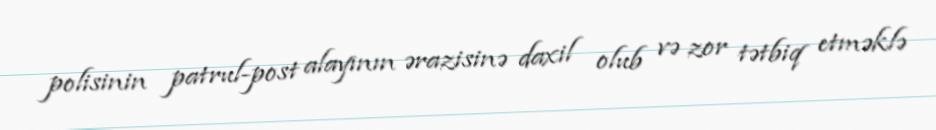
polisinin patrul-post alayının ərazisinə daxil olub və zor tətbiq etməklə